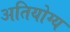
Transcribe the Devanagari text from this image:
अतियोग्य